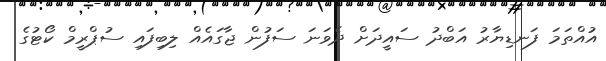
އުއްތަމަ ފަނޑިޔާރު އަބްދު ސައީދަށް ދެވަނަ ސަފުން ޖާގައެއް ލިބިފައި ސުޕްރީމް ކޯޓުގެ